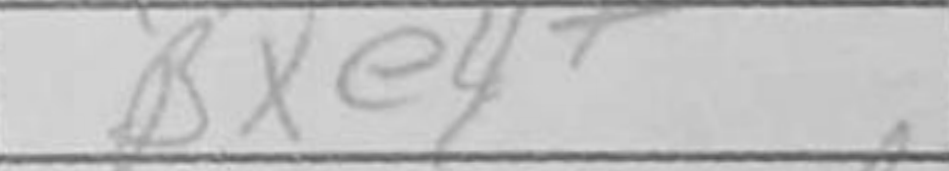
Transcription: Bxe4+